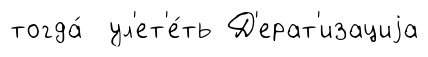
тогда́ ул'ет'е́ть Д'ерат'изациjа